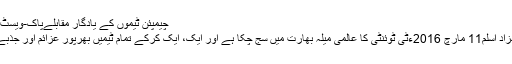
چیمپئن ٹیموں کے یادگار مقابلےپاک-ویسٹ انڈیز ٹی ٹوئنٹی مقابلوں کی تاریخ بریٹ لی
ورلڈ ٹی ٹوئنٹی کے ناقابل فراموش لمحاتشہزاد اسلم11 مارچ 2016ءٹی ٹوئنٹی کا عالمی میلہ بھارت میں سج چکا ہے اور ایک، ایک کرکے تمام ٹیمیں بھرپور عزائم اور جذبے کے ساتھ بھارت پہنچنا شروع ہوگئی ہیں۔